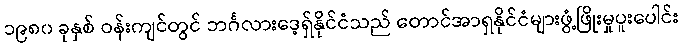
၁၉၈၀ ခုနှစ် ဝန်းကျင်တွင် ဘင်္ဂလားဒေ့ရှ်နိုင်ငံသည် တောင်အာရှနိုင်ငံများဖွံ့ဖြိုးမှုပူးပေါင်း